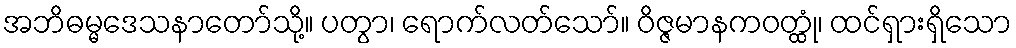
အဘိဓမ္မဒေသနာတော်သို့။ ပတွာ၊ ရောက်လတ်သော်။ ဝိဇ္ဇမာနကဝတ္ထုံ၊ ထင်ရှားရှိသော